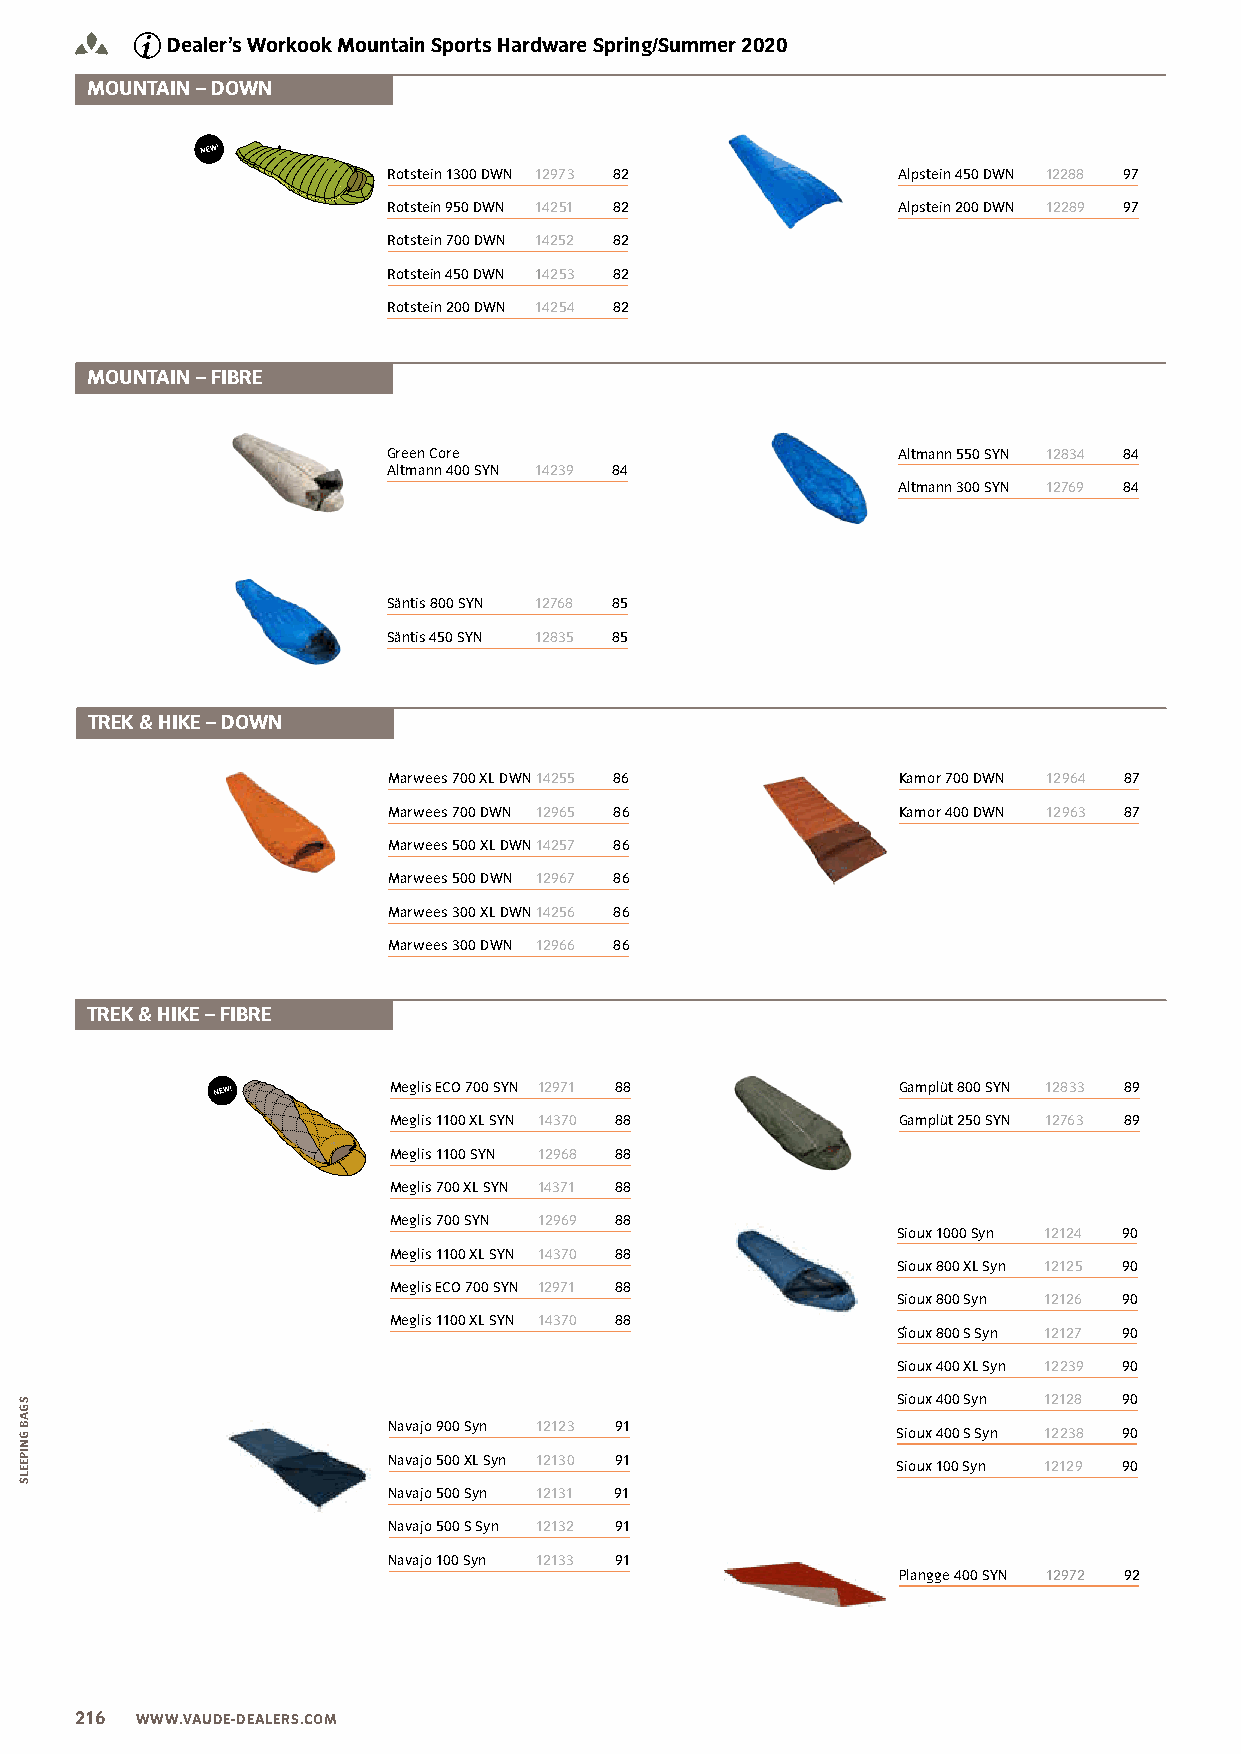
Dealer’s Workook Mountain Sports Hardware Spring/Summer 2020
 MOUNTAIN – DOWN
 Rotstein 1300 DWN 12973 82       Alpstein 450 DWN 12288 97
 Rotstein 950 DWN 14251 82        Alpstein 200 DWN 12289 97
 Rotstein 700 DWN 14252 82
 Rotstein 450 DWN 14253 82
 Rotstein 200 DWN 14254 82
 MOUNTAIN – FIBRE
 Green Core                       Altmann 550 SYN 12834 84
 Altmann 400 SYN 14239 84
 Altmann 300 SYN 12769 84
 Säntis 800 SYN 12768 85
 Säntis 450 SYN 12835 85
 TREK & HIKE – DOWN
 Marwees 700 XL DWN 14255 86      Kamor 700 DWN 12964 87
 Marwees 700 DWN 12965 86         Kamor 400 DWN 12963 87
 Marwees 500 XL DWN 14257 86
 Marwees 500 DWN 12967 86
 Marwees 300 XL DWN 14256 86
 Marwees 300 DWN 12966 86
 TREK & HIKE – FIBRE
 Meglis ECO 700 SYN 12971 88      Gamplüt 800 SYN 12833 89
 Meglis 1100 XL SYN 14370 88      Gamplüt 250 SYN 12763 89
 Meglis 1100 SYN 12968 88
 Meglis 700 XL SYN 14371 88
 Meglis 700 SYN 12969 88
 Sioux 1000 Syn 12124 90
 Meglis 1100 XL SYN 14370 88
 Sioux 800 XL Syn 12125 90
 Meglis ECO 700 SYN 12971 88
 Sioux 800 Syn 12126 90
 Meglis 1100 XL SYN 14370 88
 Sioux 800 S Syn 12127 90
 Sioux 400 XL Syn 12239 90
 Sioux 400 Syn 12128 90
 Navajo 900 Syn 12123 91          Sioux 400 S Syn 12238 90
 Navajo 500 XL Syn 12130 91       Sioux 100 Syn 12129 90
 Navajo 500 Syn 12131 91
 Navajo 500 S Syn 12132 91
 Navajo 100 Syn 12133 91
 Plangge 400 SYN 12972 92
 216 WWW.VAUDE-DEALERS.COM
 SGAB
 GNIPEELS